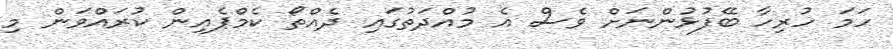
ހަމަ ހުރިހާ ބޭފުޅުންނަށް ވެސް އެ މުއްދަތުގައި ދެއްތޯ ކެމްޕެއިން ކުރައްވަން މި